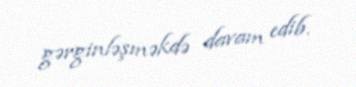
gərginləşməkdə davam edib.